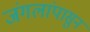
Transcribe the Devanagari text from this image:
जंगलांपासुन